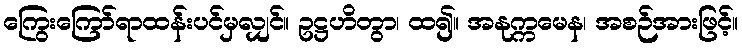
ကြွေးကြော်ရာထန်းပင်မှလျှင်။ ဥဋ္ဌဟိတွာ၊ ထ၍။ အနုက္ကမေန၊ အစဉ်အားဖြင့်။